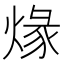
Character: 𤊺